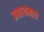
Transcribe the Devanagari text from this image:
अभावमात्र